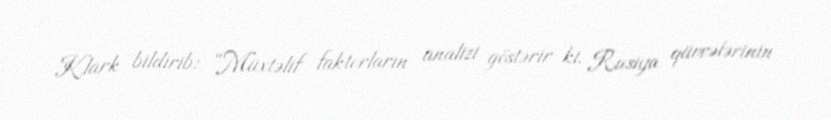
Klark bildirib: “Müxtəlif faktorların analizi göstərir ki, Rusiya qüvvələrinin